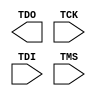
// $Header: /devl/xcs/repo/env/Databases/CAEInterfaces/xec_libs/data/unisims/JTAG_SIM_VIRTEX5.v,v 1.1 2007/05/02 17:32:12 vandanad Exp $
///////////////////////////////////////////////////////////////////////////////
// Copyright (c) 1995/2006 Xilinx, Inc.
// All Right Reserved.
///////////////////////////////////////////////////////////////////////////////
//   ____  ____
//  /   /\/   /
// /___/  \  /    Vendor : Xilinx
// \   \   \/     Version : 8.2i
//  \   \         Description : Xilinx Formal Verification Library Component
//  /   /                  Jtag TAP Controler
// /___/   /\     Filename : JTAG_SIM_VIRTEX5.v
// \   \  /  \    Timestamp : Wed Jun  7 16:13:41 PDT 2006
//  \___\/\___\
//
// Revision:
//    06/07/06 - Initial version.
// End Revision

`timescale 1 ps/1 ps

module JTAG_SIM_VIRTEX5( TDO, TCK, TDI, TMS );

    parameter PART_NAME = "LX30";
    output TDO;
    input TCK, TDI, TMS;

endmodule // JTAG_SIM_VIRTEX5